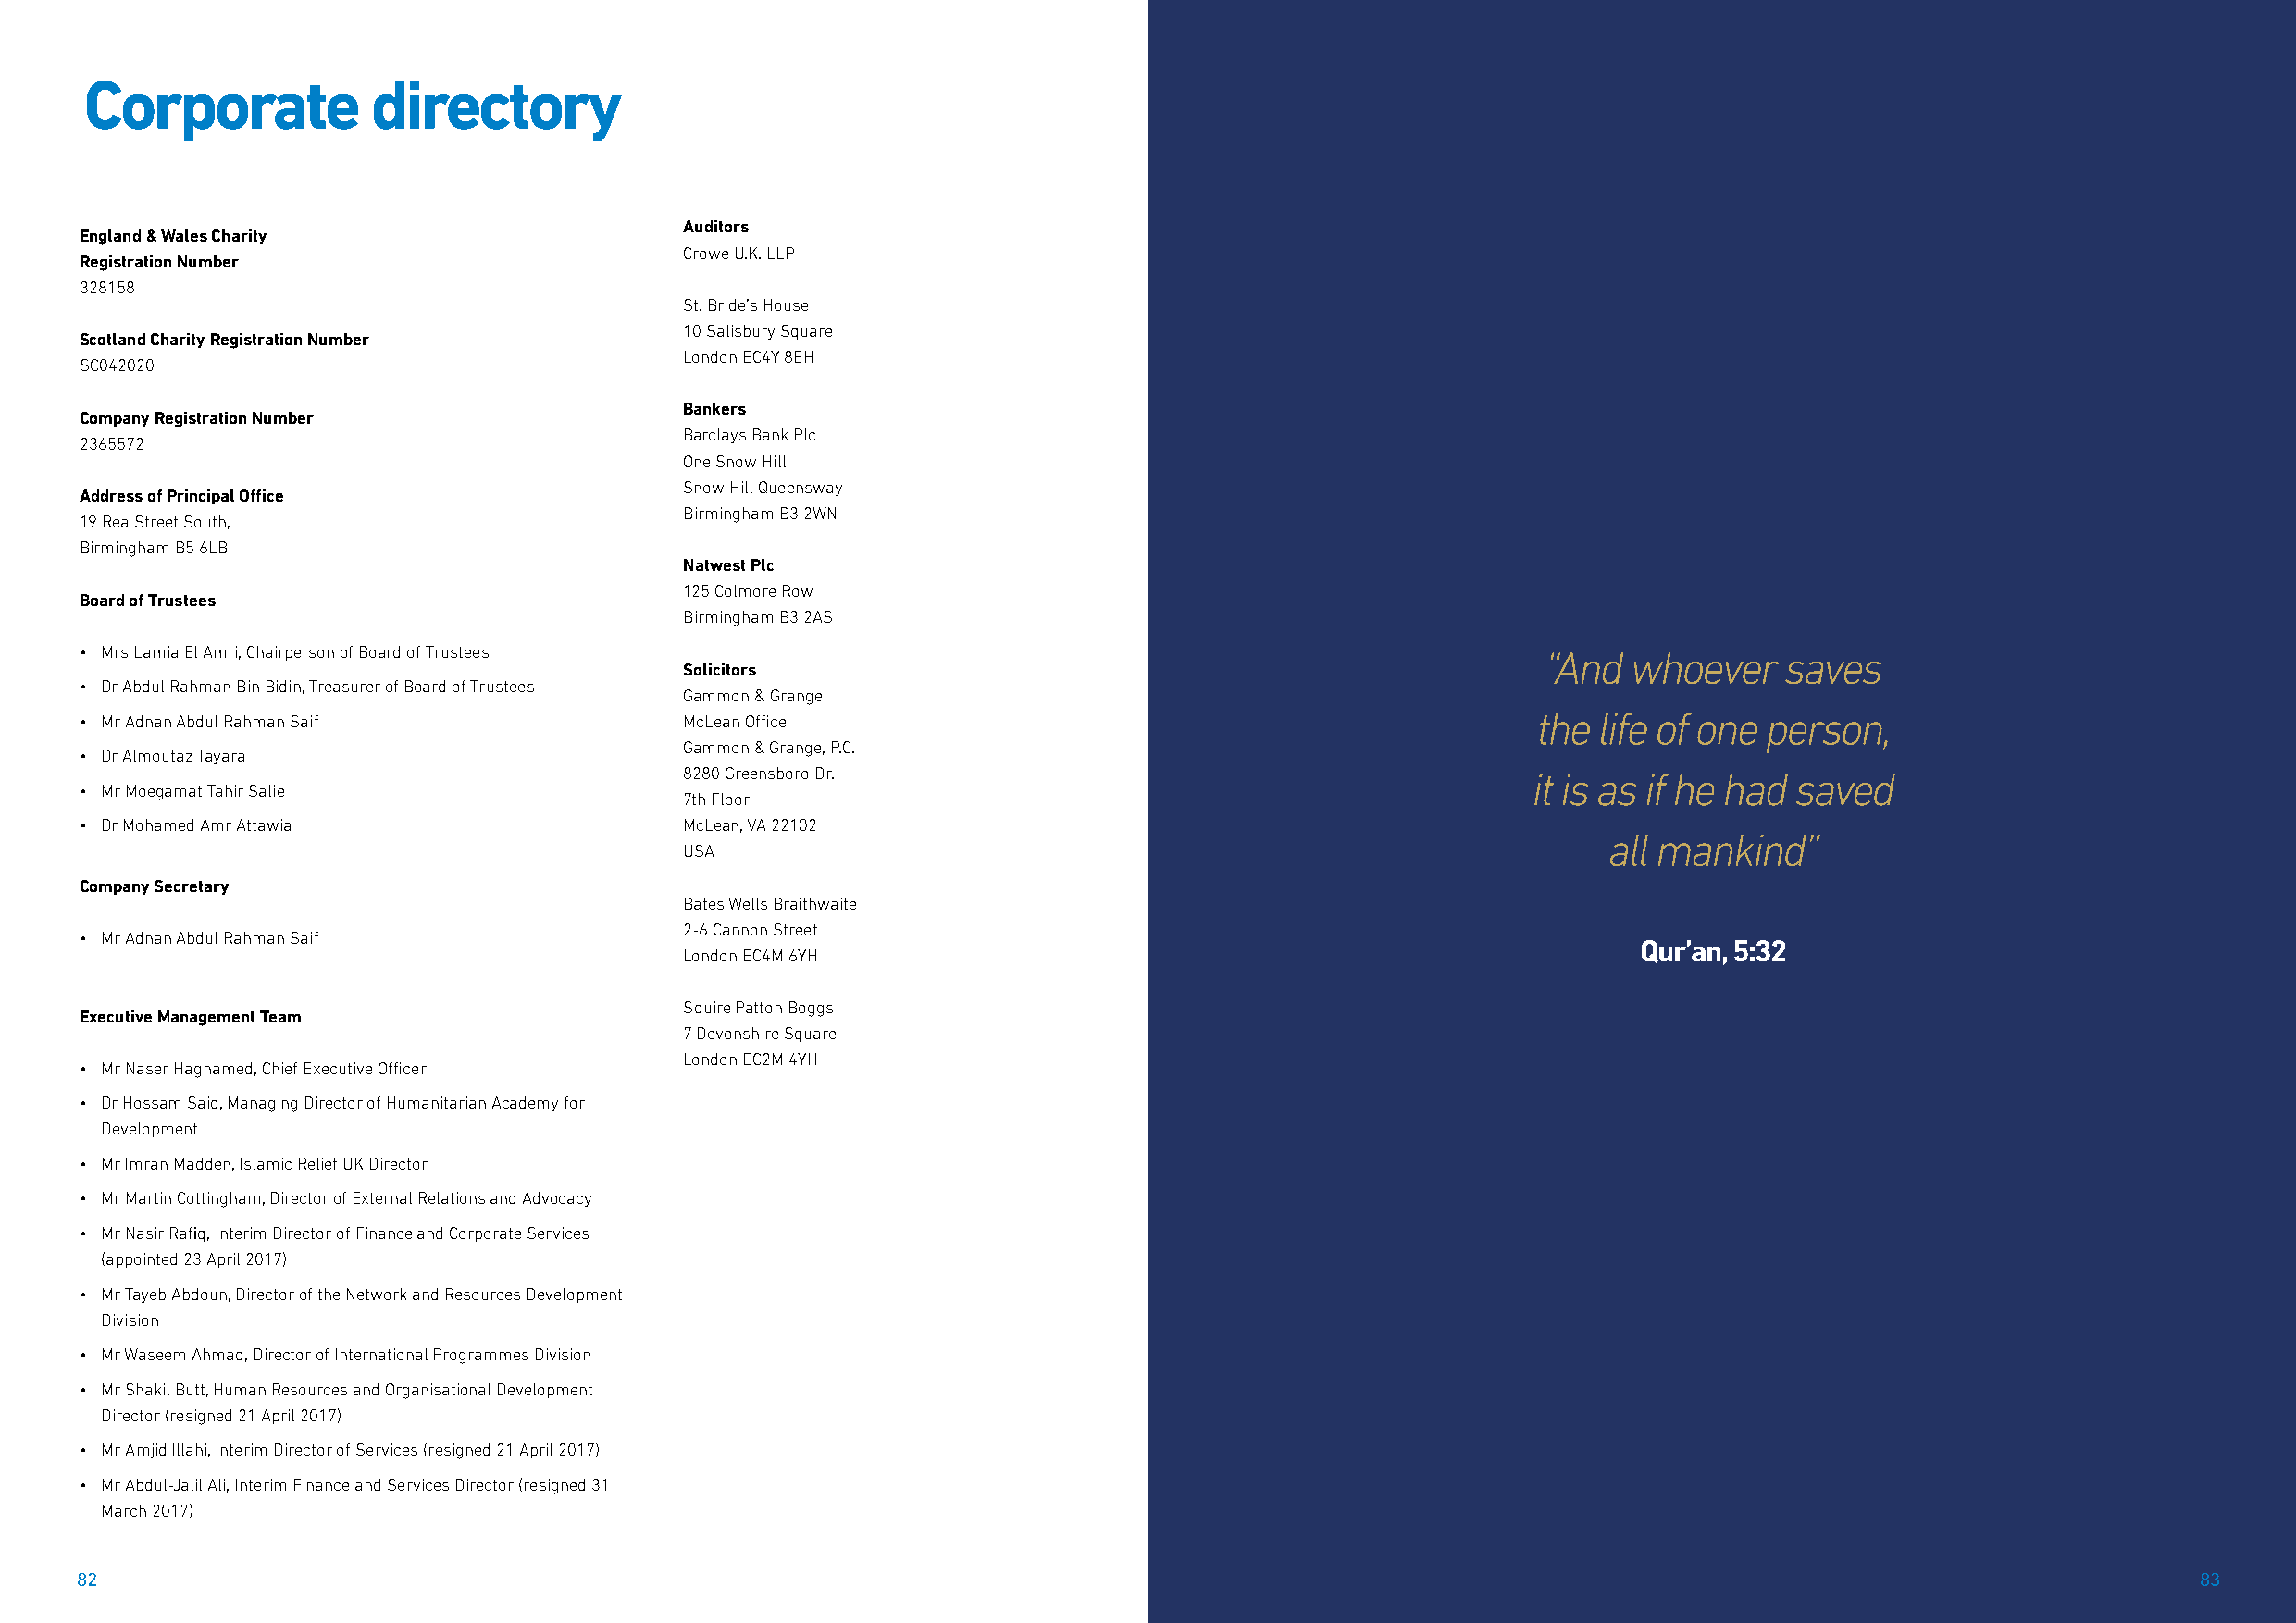
Corporate            directory
 Auditors
 England & Wales Charity
 Crowe U.K. LLP
 Registration Number
 328158
 St. Bride’s House
 10 Salisbury Square
 Scotland Charity Registration Number
 London EC4Y 8EH
 SC042020
 Bankers
 Company Registration Number
 Barclays Bank Plc
 2365572
 One Snow Hill
 Snow Hill Queensway
 Address of Principal Office
 Birmingham B3 2WN
 19 Rea Street South,
 Birmingham B5 6LB
 Natwest Plc
 125 Colmore Row
 Board of Trustees
 Birmingham B3 2AS
 • Mrs Lamia El Amri, Chairperson of Board of Trustees                                                   “And   whoever    saves
 Solicitors
 • Dr Abdul Rahman Bin Bidin, Treasurer of Board of Trustees
 Gammon & Grange
 • Mr Adnan Abdul Rahman Saif               McLean Office                                                the life of one person,
 Gammon & Grange, P.C.
 • Dr Almoutaz Tayara
 8280 Greensboro Dr.                                          it is as if he had saved
 • Mr Moegamat Tahir Salie
 7th Floor
 • Dr Mohamed Amr Attawia                   McLean, VA 22102
 all mankind”
 USA
 Company Secretary
 Bates Wells Braithwaite
 2-6 Cannon Street
 • Mr Adnan Abdul Rahman Saif
 Qur’an, 5:32
 London EC4M 6YH
 Squire Patton Boggs
 Executive Management Team
 7 Devonshire Square
 London EC2M 4YH
 • Mr Naser Haghamed, Chief Executive Officer
 • Dr Hossam Said, Managing Director of Humanitarian Academy for
 Development
 • Mr Imran Madden, Islamic Relief UK Director
 • Mr Martin Cottingham, Director of External Relations and Advocacy
 • Mr Nasir Rafiq, Interim Director of Finance and Corporate Services
 (appointed 23 April 2017)
 • Mr Tayeb Abdoun, Director of the Network and Resources Development
 Division
 • Mr Waseem Ahmad, Director of International Programmes Division
 • Mr Shakil Butt, Human Resources and Organisational Development
 Director (resigned 21 April 2017)
 • Mr Amjid Illahi, Interim Director of Services (resigned 21 April 2017)
 • Mr Abdul-Jalil Ali, Interim Finance and Services Director (resigned 31
 March 2017)
 82                                                                                                                                                      83